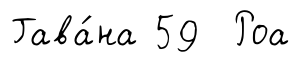
Гава́на 59 Роа